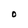
Character: O